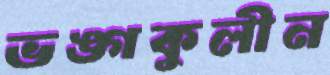
ভঙ্গকুলীন